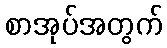
စာအုပ်အတွက်